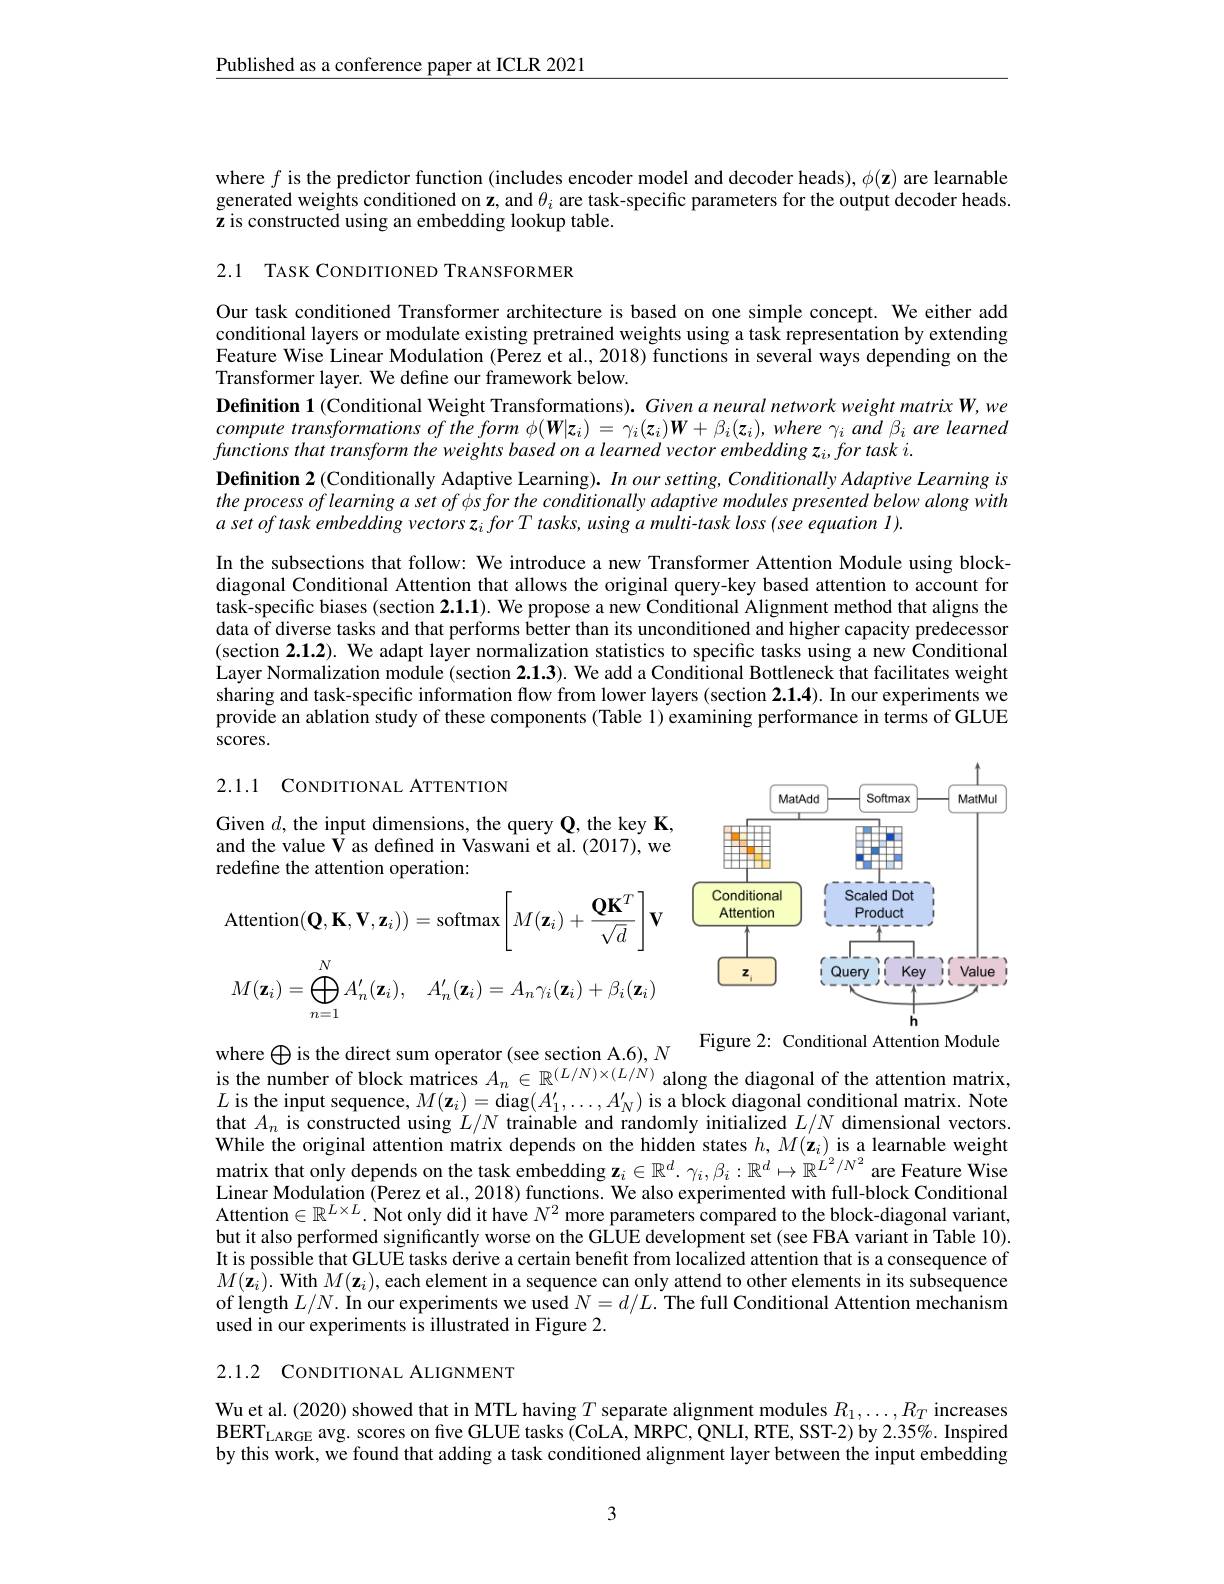
Published as a conference paper at ICLR 2021

where $f$ is the predictor function (includes encoder model and decoder heads), $\phi(\mathbf{z})$ are learnable generated weights conditioned on $\mathbf{z}$, and $\theta_i$ are task-specific parameters for the output decoder heads. z is constructed using an embedding lookup table.

2.1 TASK CONDITIONED TRANSFORMER

Our task conditioned Transformer architecture is based on one simple concept. We either add conditional layers or modulate existing pretrained weights using a task representation by extending Feature Wise Linear Modulation (Perez et al., 2018) functions in several ways depending on the Transformer layer. We define our framework below.
Definition 1 (Conditional Weight Transformations). Given a neural network weight matrix W, we compute transformations $of$ the form $\phi ( \boldsymbol{W}| \boldsymbol{z}_{i})$ = $\gamma _{i}( \boldsymbol{z}_{i}) \boldsymbol{W}+ \beta _{i}( \boldsymbol{z}_{i}) $, where $\gamma _{i}$ and $\beta _{i}$ are learned functions that transform the weights based on a learned vector embedding z$_i,for$ task i.
Definition 2 (Conditionally Adaptive Learning). In our setting, Conditionally Adaptive Learning is the process of learning a set of φs for the conditionally adaptive modules presented below along with $a\textit{ set of task embedding vectors z}_{i}\textit{for T tasks, using a multi- task loss ( see equation 1) . }$
In the subsections that follow: We introduce a new Transformer Attention Module using blockdiagonal Conditional Attention that allows the original query-key based attention to account for task-specific biases (section 2.1.1). We propose a new Conditional Alignment method that aligns the data of diverse tasks and that performs better than its unconditioned and higher capacity predecessor (section 2.1.2). We adapt layer normalization statistics to specific tasks using a new Conditional Layer Normalization module (section 2.1.3). We add a Conditional Bottleneck that facilitates weight sharing and task-specific information flow from lower layers (section 2.1.4). In our experiments we provide an ablation study of these components (Table 1) examining performance in terms of GLUE scores.

2.1.1 CONDITIONAL ATTENTION

Given $d$, the input dimensions, the query Q, the key K, and the value $\hat{\mathbf{V}}$ as defined in Vaswani et al.(2017), we redefine the attention operation:

<FigureHere>
Figure 2: Conditional Attention Module

where $\bigoplus$ is the direct sum operator (see section A.6), N
is the number of block matrices $A_n\in\mathbb{R}^{(L/N)\times(L/N)}$ along the diagonal of the attention matrix, $L$ is the input sequence, $M(\mathbf{z}_i)=$diag$(A_1^{\prime},\ldots,A_N^{\prime})$ is a block diagonal conditional matrix. Note that $A_n$ is constructed using $L/N$ trainable and randomly initialized $L/N$ dimensional vectors. While the original attention matrix depends on the hidden states $h,M(\mathbf{z}_{i})$ is a learnable weight matrix that only depends on the task embedding $\mathbf{z}_i\in\mathbb{R}^d.\gamma_i,\beta_i:\mathbb{R}^d\mapsto\mathbb{R}^{L^2/N^2}$ are Feature Wise Linear Modulation (Perez et al., 2018) functions. We also experimented with full-block Conditional Attention$\in\mathbb{R}^L\times L.$ Not only did it have $N^2$ more parameters compared to the block-diagonal variant, but it also performed significantly worse on the GLUE development set (see FBA variant in Table 10). It is possible that GLUE tasks derive a certain benefit from localized attention that is a consequence of $M(\hat{\mathbf{z}}_i).$ With $M(\mathbf{z}_i)$,each element in a sequence can only attend to other elements in its subsequence of length $L/N.$ In our experiments we used $N=d/L.$ The full Conditional Attention mechanism used in our experiments is illustrated in Figure 2.

2.1.2 CONDITIONAL ALIGNMENT

Wu et al. (2020) showed that in MTL having $T$ separate alignment modules $R_1,\ldots,R_T$ increases BERT$_\mathrm{LARGE}$ avg. scores on fve GLUE tasks (CoLA, MRPC, QNLI, RTE, SST-2) by 2.35%. Inspired by this work, we found that adding a task conditioned alignment layer between the input embedding

3